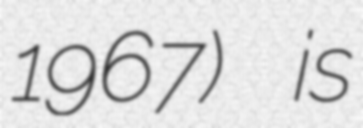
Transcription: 1967) is